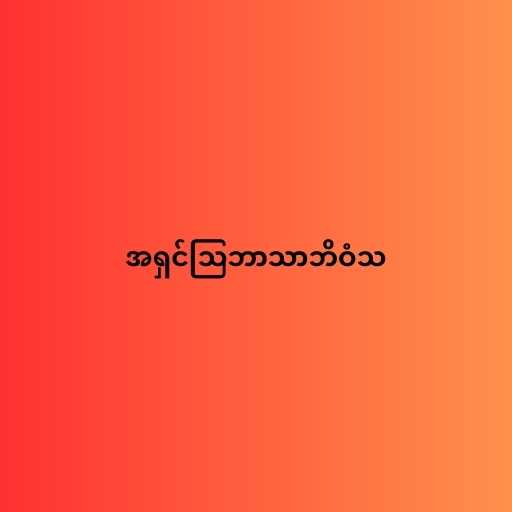
အရှင်သြဘာသာဘိဝံသ